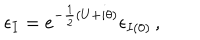
\epsilon _ { I } = e ^ { - \frac { 1 } { 2 } ( U + i \theta ) } \epsilon _ { I ( 0 ) } \, ,